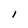
Character: I